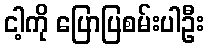
ငါ့ကို ပြောပြစမ်းပါဦး